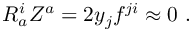
R _ { a } ^ { i } Z ^ { a } = 2 y _ { j } f ^ { j i } \approx 0 \ .